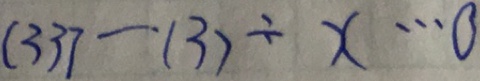
( 3 3 7 - 1 3 ) \div x \cdots 0